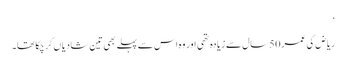
‘
ریاض کی عمر 50 سال سے زیادہ تھی اور وہ اس سے پہلے بھی تین شادیاں کرچکا تھا۔